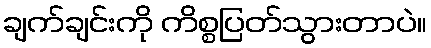
ချက်ချင်းကို ကိစ္စပြတ်သွားတာပဲ။